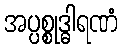
အပ္ပစ္စုဒ္ဓါရဏံ